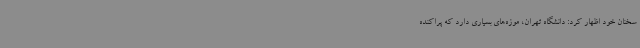
سخنان خود اظهار کرد: دانشگاه تهران، موزه‌های بسیاری دارد که پراکنده